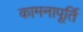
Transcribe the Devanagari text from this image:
कामनापूर्ति